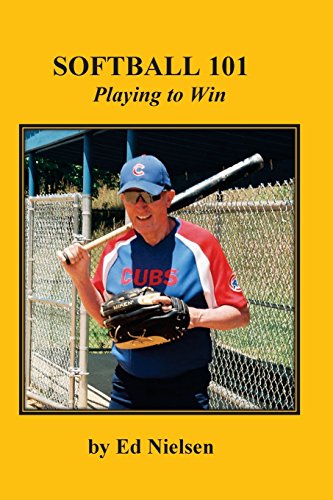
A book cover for Softball 101: Playing to Win; Ed Nielsen; Sports & Outdoors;